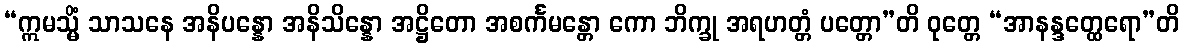
“ဣမသ္မိံ သာသနေ အနိပန္နော အနိသိန္နော အဋ္ဌိတော အစင်္ကမန္တော ကော ဘိက္ခု အရဟတ္တံ ပတ္တော”တိ ဝုတ္တေ “အာနန္ဒတ္ထေရော”တိ